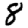
Digit: 8